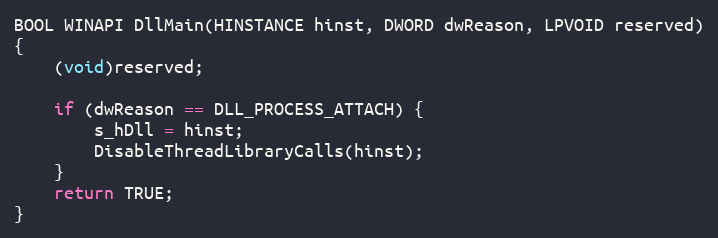
Language: C++
BOOL WINAPI DllMain(HINSTANCE hinst, DWORD dwReason, LPVOID reserved)
{
    (void)reserved;

    if (dwReason == DLL_PROCESS_ATTACH) {
        s_hDll = hinst;
        DisableThreadLibraryCalls(hinst);
    }
    return TRUE;
}